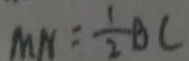
M N = \frac { 1 } { 2 } B C